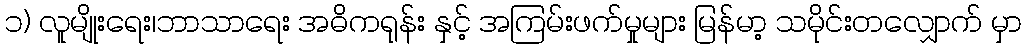
၁) လူမျိုးရေး၊ဘာသာရေး အဓိကရုန်း နှင့် အကြမ်းဖက်မှုများ မြန်မာ့ သမိုင်းတလျှောက် မှာ